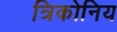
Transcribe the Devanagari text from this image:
त्रिकोनिय